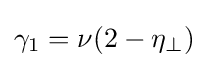
\gamma _{1}=\nu (2-\eta _{\perp })\,\!